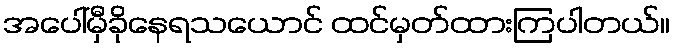
အပေါ်မှီခိုနေရသယောင် ထင်မှတ်ထားကြပါတယ်။